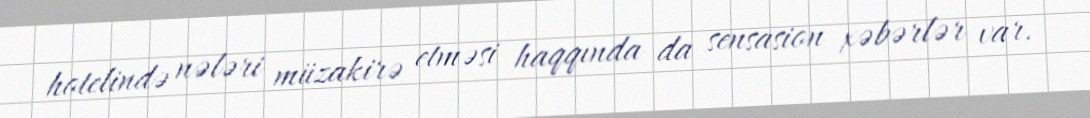
hotelində nələri müzakirə etməsi haqqında da sensasion xəbərlər var.